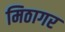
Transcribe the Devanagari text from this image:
मिठागर